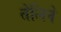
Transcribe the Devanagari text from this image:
तेलिने